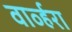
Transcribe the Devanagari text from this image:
वार्व्हरा